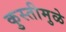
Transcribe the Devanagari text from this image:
कुस्तीमुळे